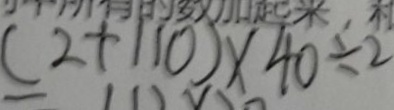
( 2 + 1 1 0 ) \times 4 0 \div 2